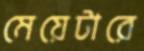
মেয়েটারে